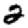
Digit: 2